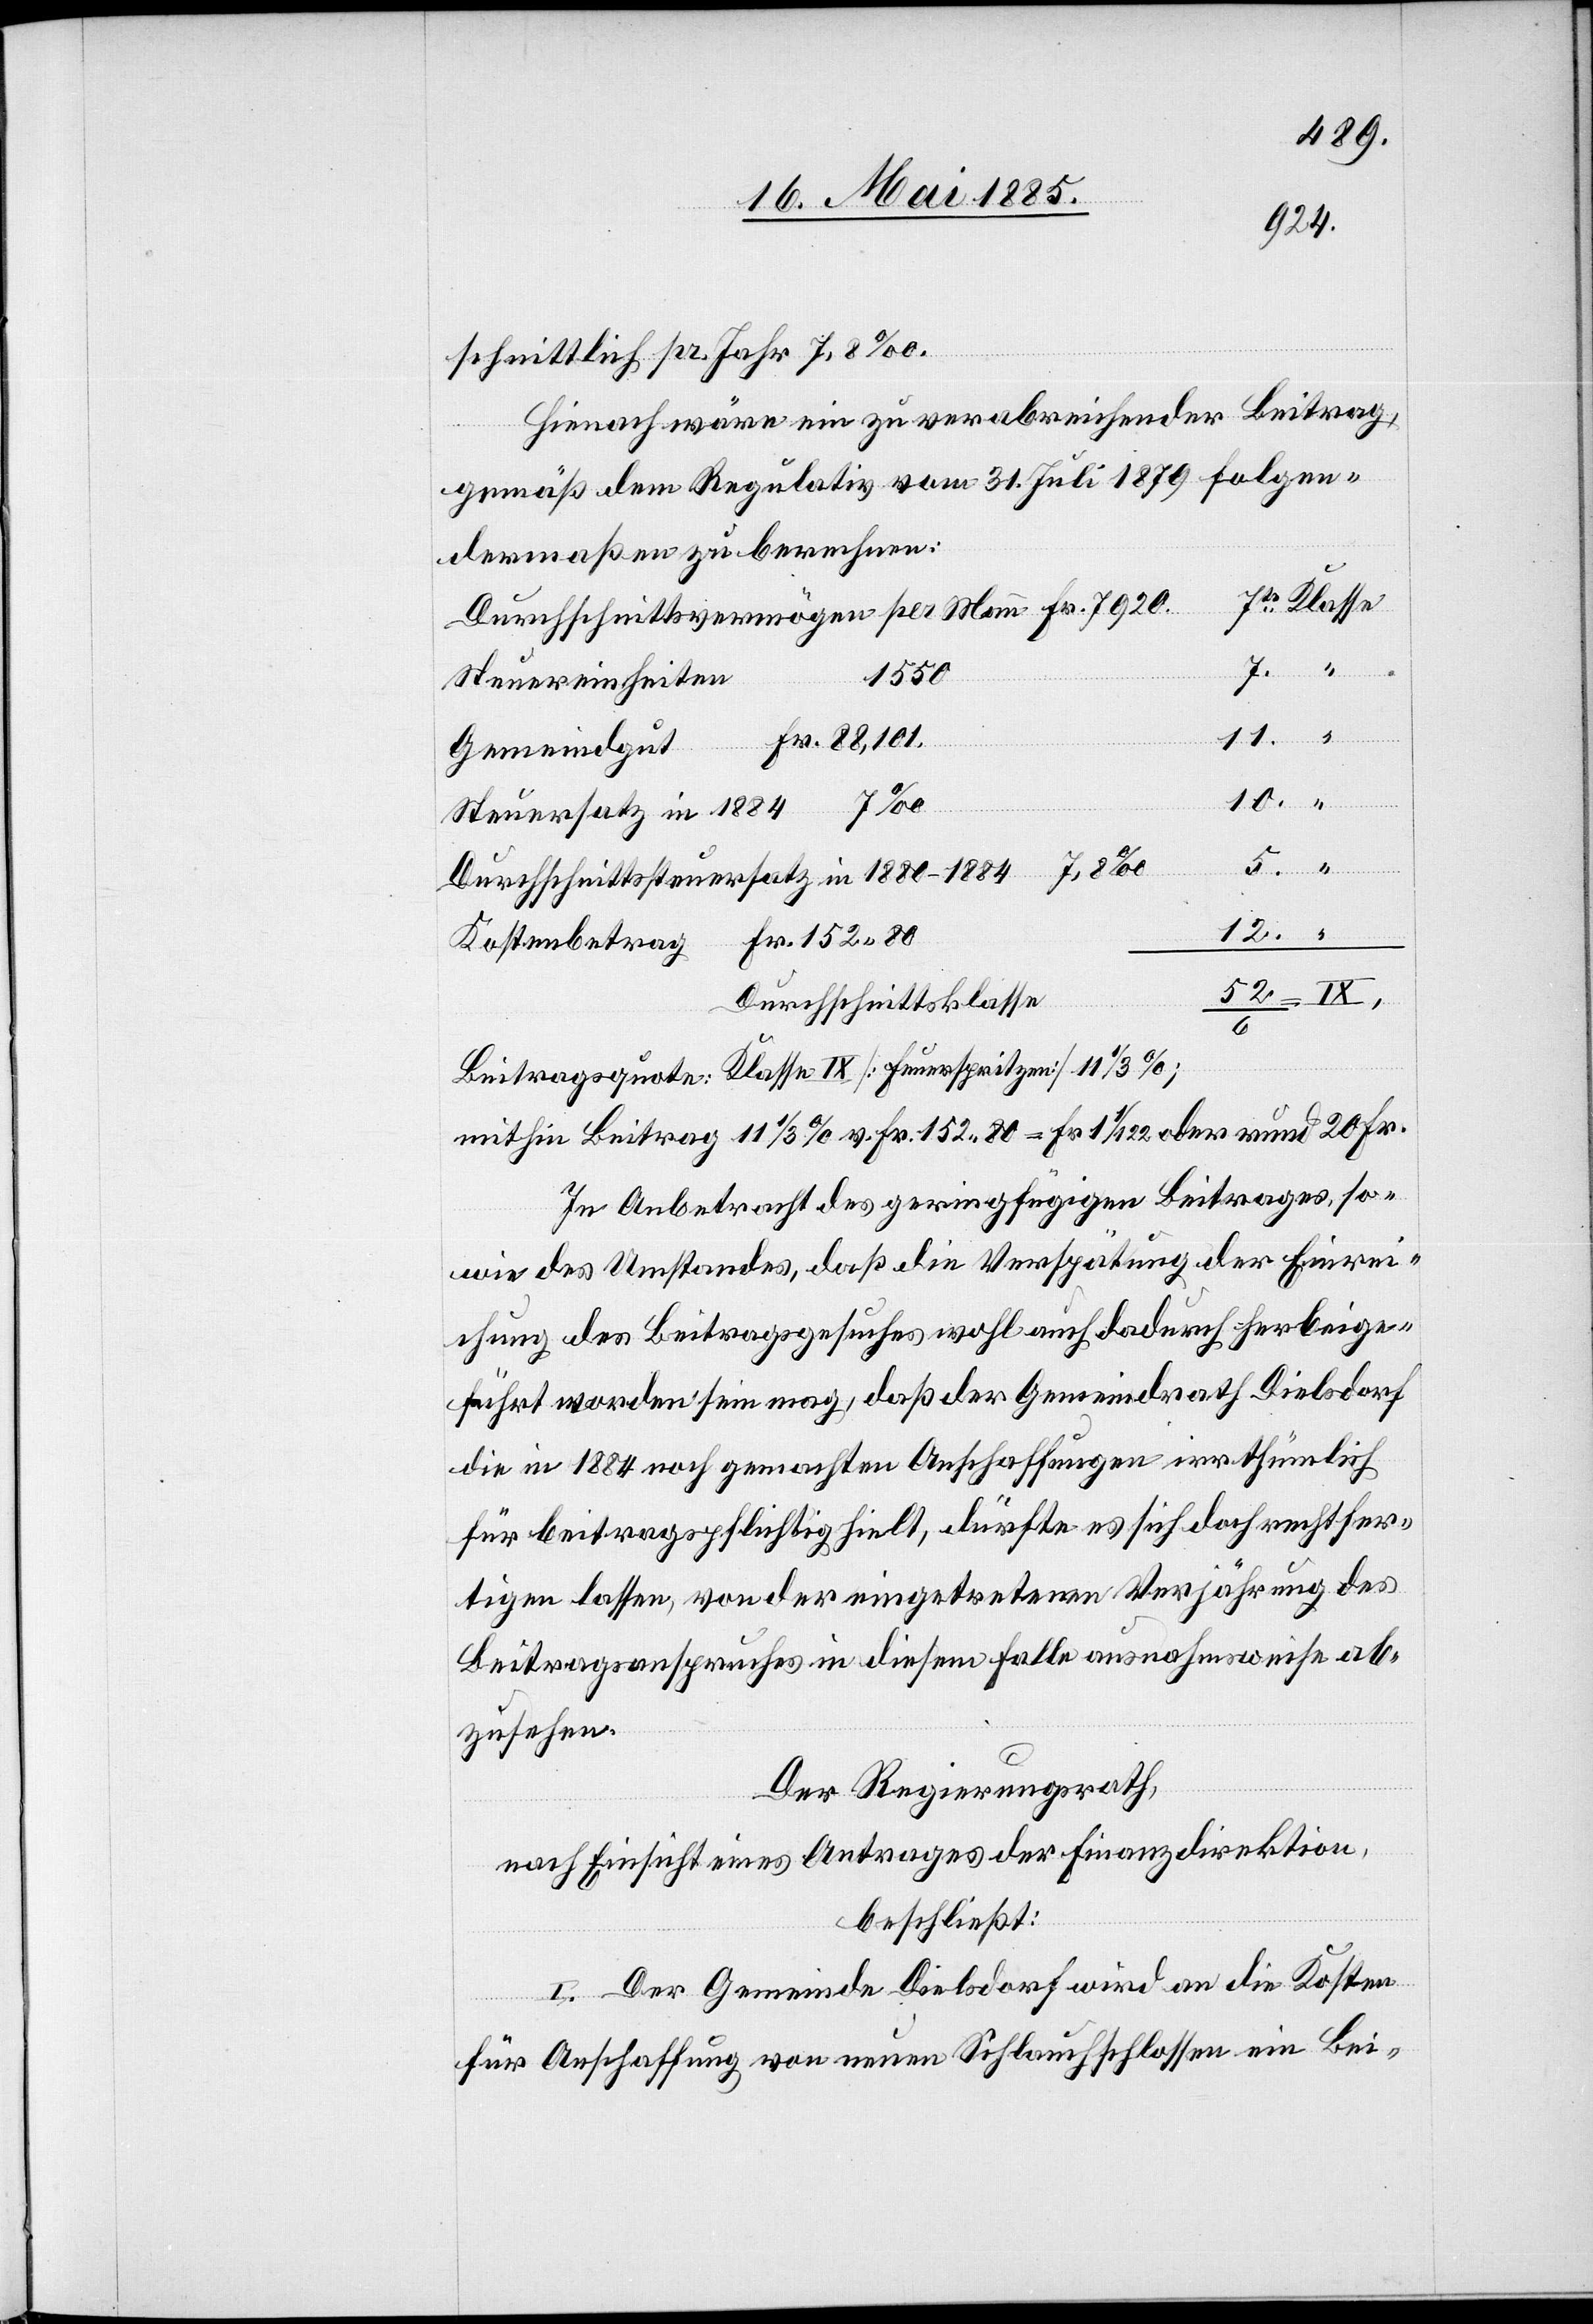
schnittlich pr. Jahr 7,8‰.
Hienach wäre ein zu verabreichender Beitrag,
gemäß dem Regulativ vom 31. Juli 1879 folgen¬
dermaßen zu berechnen:
Durchschnittsvermögen per Mann Fr. 7920
1550
Steuereinheiten
11.
Fr. 88,101
Gemeindgut
7te
10.
“
Steuersatz in 1884 7‰
Durchschnittssteuersatz in 1880–1884 7,8‰
12.
Kostenbetrag Fr. 152 80
Durchschnittsklasse
5.
Beitragsquote: Klasse IX [Feuerspritzen] 11 1/3%;
mithin Beitrag 11 1/3% v. Fr. 152 80 = Fr. 1 1/122 oder rund 20 Fr.
In Anbetracht des geringfügigen Beitrages, so¬
wie des Umstandes, daß die Verspätung der Einrei¬
chung des Beitragsgesuches wohl auch dadurch herbeige¬
führt worden sein mag, daß der Gemeindrath Dielsdorf
die in 1884 noch gemachten Anschaffungen irrthümlich
für beitragspflichtig hielt, dürfte es sich doch rechtfer¬
tigen lassen, von der eingetretenen Verjährung des
Beitragsanspruches in diesem Falle ausnahmsweise ab¬
zusehen.
Der Regierungsrath,
nach Einsicht eines Antrages der Finanzdirektion,
beschließt:
I. Der Gemeinde Dielsdorf wird an die Kosten
für Anschaffung von neuen Schlauchschlossen ein Bei-